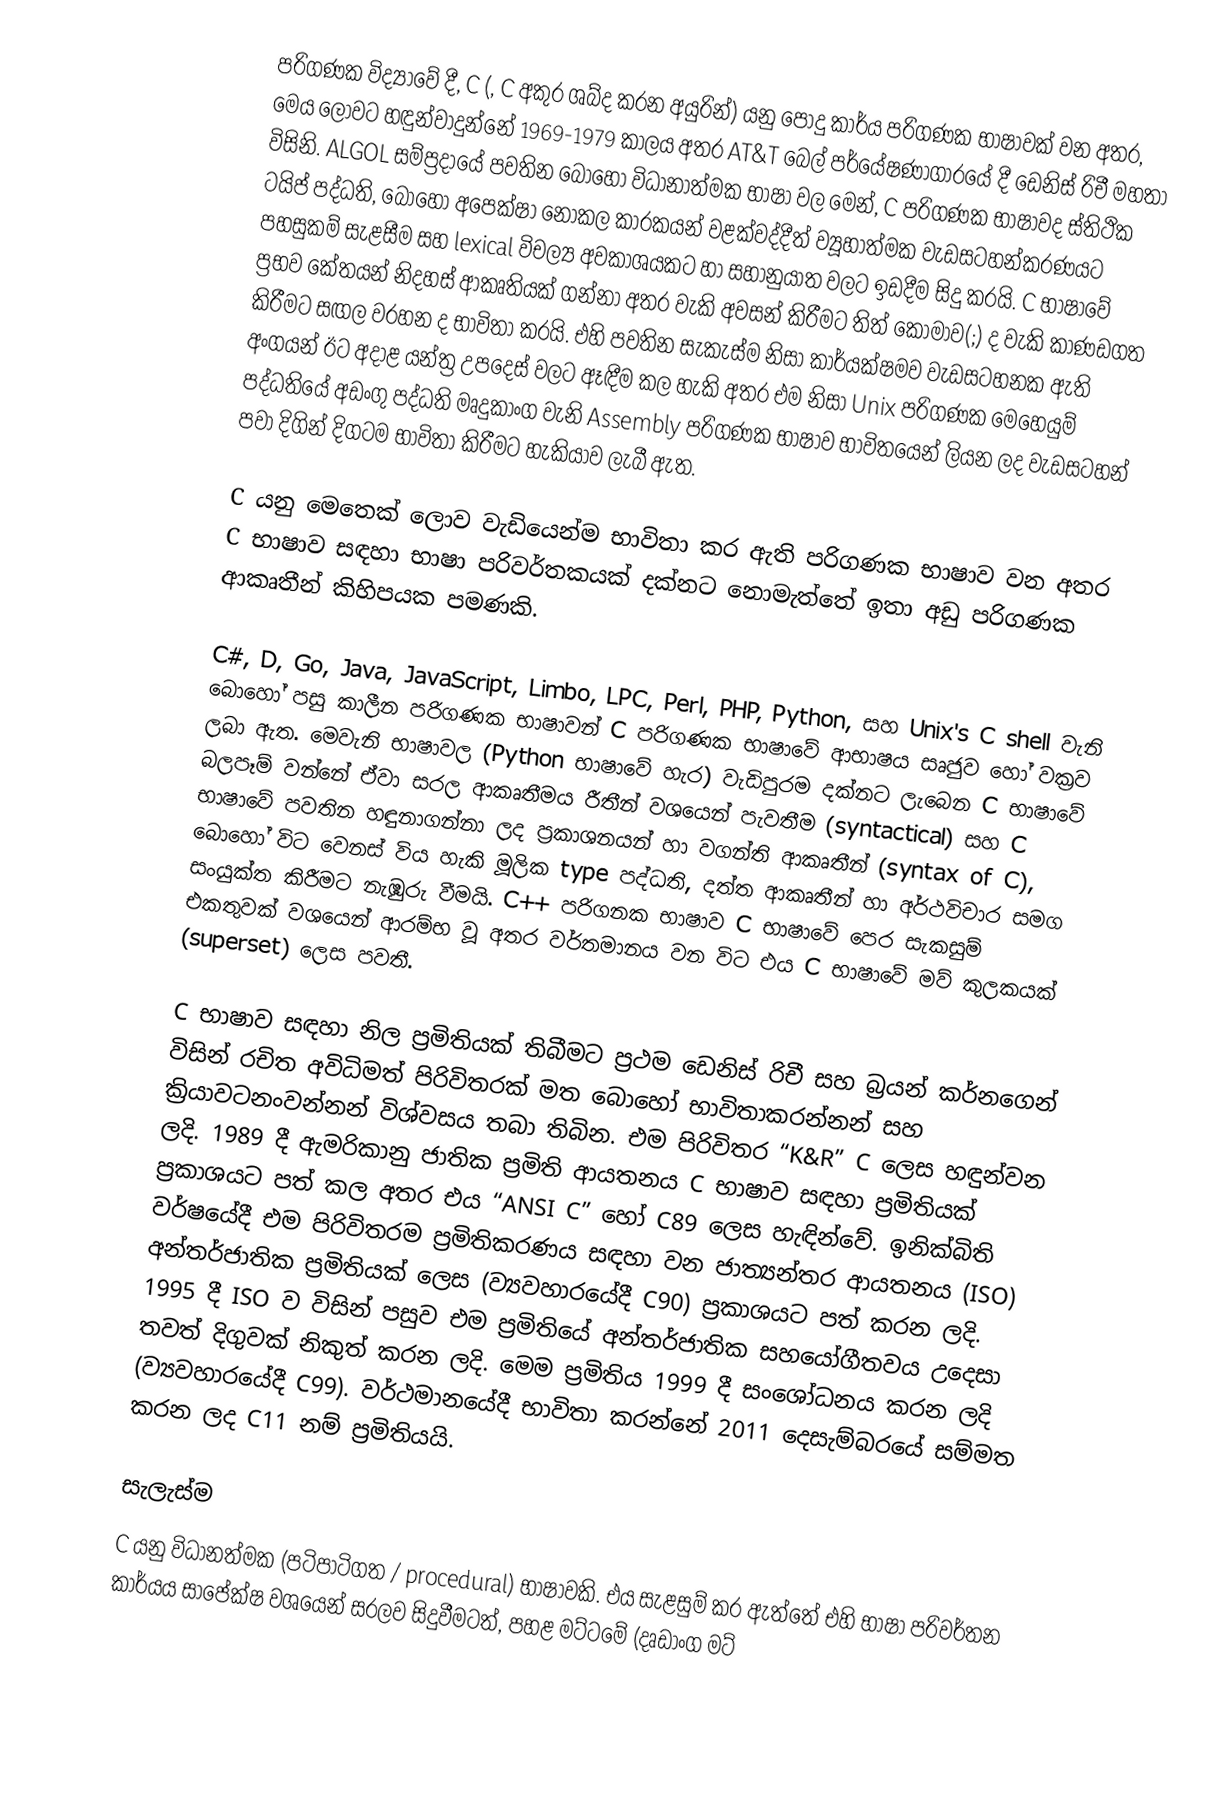
පරිගණක විද්‍යාවේ දී, C (, C අකුර ශබ්ද කරන අයුරින්) යනු පොදු කාර්ය පරිගණක භාෂාවක් වන අතර, මෙය ලොවට හඳුන්වාදුන්නේ 1969-1979 කාලය අතර AT&T බෙල් පර්යේෂණාගාරයේ දී ඩෙනිස් රිචී මහතා විසිනි. ALGOL සම්ප්‍රදායේ පවතින බොහෝ විධානාත්මක භාෂා වල මෙන්, C පරිගණක භාෂාවද ස්තිථික ටයිප් පද්ධති, බොහෝ අපෙක්ෂා නොකල කාරකයන් වළක්වද්දීත් ව්‍යූහාත්මක වැඩසටහන්කරණයට පහසුකම් සැළසීම සහ lexical විචල්‍ය අවකාශයකට හා සහානුයාත වලට ඉඩදීම සිදු කරයි. C භාෂාවේ ප්‍රභව කේතයන් නිදහස් ආකෘතියක් ගන්නා අතර වැකි අවසන් කිරීමට තිත් කොමාව(;) ද වැකි කාණඩගත කිරීමට සඟල වරහන ද භාවිතා කරයි. එහි පවතින සැකැස්ම නිසා කාර්යක්ෂමව වැඩසටහනක ඇති අංගයන් ඊට අදාළ යන්ත්‍ර උපදෙස් වලට ඈඳීම කල හැකි අතර එම නිසා Unix පරිගණක මෙහෙයුම් පද්ධතියේ අඩංගු පද්ධති මෘදුකාංග වැනි Assembly පරිගණක භාෂාව භාවිතයෙන් ලියන ලද වැඩසටහන් පවා දිගින් දිගටම භාවිතා කිරීමට හැකියාව ලැබී ඇත.

C යනු මෙතෙක් ලොව වැඩියෙන්ම භාවිතා කර ඇති පරිගණක භාෂාව වන අතර C භාෂාව සඳහා භාෂා පරිවර්තකයක් දක්නට නොමැත්තේ ඉතා අඩු පරිගණක ආකෘතීන් කිහිපයක පමණකි.

C#, D, Go, Java, JavaScript, Limbo, LPC, Perl, PHP, Python, සහ Unix's C shell වැනි බොහෝ පසු කාලීන පරිගණක භාෂාවන් C පරිගණක භාෂාවේ ආභාෂය සෘජුව හෝ වක්‍රව ලබා ඇත. මෙවැනි භාෂාවල (Python භාෂාවේ හැර) වැඩිපුරම දක්නට ලැබෙන C භාෂාවේ බලපෑම් වන්නේ ඒවා සරල ආකෘතීමය රීතීන් වශයෙන් පැවතීම (syntactical) සහ C භාෂාවේ පවතින හඳුනාගන්නා ලද ප්‍රකාශනයන් හා වගන්ති ආකෘතීන් (syntax of C), බොහෝ විට වෙනස් විය හැකි මූලික type පද්ධති, දත්ත ආකෘතීන් හා අර්ථවිචාර සමග සංයුක්ත කිරීමට නැඹුරු වීමයි. C++ පරිගනක භාෂාව C භාෂාවේ පෙර සැකසුම් එකතුවක් වශයෙන් ආරම්භ වූ අතර වර්තමානය වන විට එය C භාෂාවේ මව් කුලකයක් (superset) ලෙස පවතී.

C භාෂාව සඳහා නිල ප්‍රමිතියක් තිබීමට ප්‍රථම ඩෙනිස් රිචී සහ බ්‍රයන් කර්නගෙන් විසින් රචිත අවිධිමත් පිරිවිතරක් මත බොහෝ භාවිතාකරන්නන් සහ ක්‍රියාවටනංවන්නන් විශ්වසය තබා තිබින. එම පිරිවිතර “K&R” C ලෙස හඳුන්වන ලදි. 1989 දී ඇමරිකානු ජාතික ප්‍රමිති ආයතනය C භාෂාව සඳහා ප්‍රමිතියක් ප්‍රකාශයට පත් කල අතර එය “ANSI C” හෝ C89 ලෙස හැඳින්වේ. ඉනික්බිති වර්ෂයේදී එම පිරිවිතරම ප්‍රමිතිකරණය සඳහා වන ජාත්‍යන්තර ආයතනය (ISO) අන්තර්ජාතික ප්‍රමිතියක් ලෙස (ව්‍යවහාරයේදී C90) ප්‍රකාශයට පත් කරන ලදි. 1995 දී ISO ව විසින් පසුව එම ප්‍රමිතියේ අන්තර්ජාතික සහයෝගීතවය උදෙසා තවත් දිගුවක් නිකුත් කරන ලදි. මෙම ප්‍රමිතිය 1999 දී සංශෝධනය කරන ලදි (ව්‍යවහාරයේදී C99). වර්ථමානයේදී භාවිතා කරන්නේ 2011 දෙසැම්බරයේ සම්මත කරන ලද C11 නම් ප්‍රමිතියයි.

සැලැස්ම
C යනු විධානත්මක (පටිපාටිගත / procedural) භාෂාවකි. එය සැළසුම් කර ඇත්තේ එහි භාෂා පරිවර්තන කාර්යය සාපේක්ෂ වශයෙන් සරලව සිදුවීමටත්, පහළ මට්ටමේ (දෘඩාංග මට්